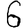
Digit: 6